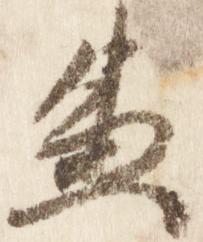
兼